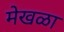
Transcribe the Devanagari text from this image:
मेखळा